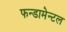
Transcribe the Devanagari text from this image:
फन्डामेन्टल